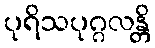
ပုရိသပုဂ္ဂလန္တိ